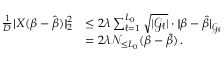
\begin{array} { r l } { \frac 1 D | \! | X ( \boldsymbol { \beta } - \hat { \boldsymbol { \beta } } ) | \! | _ { 2 } ^ { 2 } } & { \leq 2 \lambda \sum _ { \ell = 1 } ^ { L _ { 0 } } \sqrt { | { \mathcal G } _ { \ell } | } \cdot | \! | \boldsymbol { \beta } - \boldsymbol { \hat { \beta } } | \! | _ { { \mathcal G } _ { \ell } } } \\ & { = 2 \lambda { \mathcal N } _ { \leq L _ { 0 } } ( \boldsymbol { \beta } - \boldsymbol { \hat { \beta } } ) \, . } \end{array}